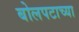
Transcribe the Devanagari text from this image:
बोलपटाच्या